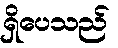
ရှိပေသည်